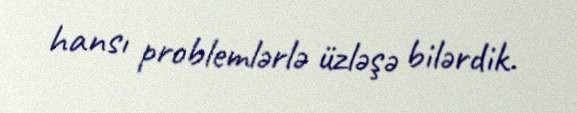
hansı problemlərlə üzləşə bilərdik.